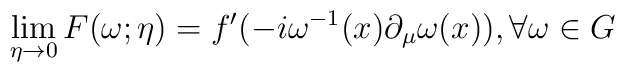
\lim_{\eta \rightarrow 0}F(\omega;\eta)=f'(-i\omega^{-1}(x)\partial_\mu\omega(x)),\forall\omega \in G